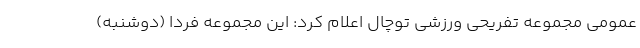
عمومی مجموعه تفریحی ورزشی توچال اعلام کرد: این مجموعه فردا (دوشنبه)